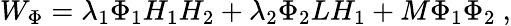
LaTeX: W_{\Phi}=\lambda_{1}\Phi_{1}H_{1}H_{2}+\lambda_{2}\Phi_{2}LH_{1}+M\Phi_{1}\Phi_{2}\ ,